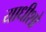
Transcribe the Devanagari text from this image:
याधीशो